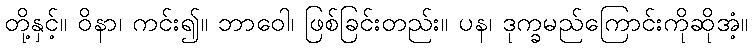
တို့နှင့်။ ဝိနာ၊ ကင်း၍။ ဘာဝေါ၊ ဖြစ်ခြင်းတည်း။ ပန၊ ဒုက္ခမည်ကြောင်းကိုဆိုအံ့။